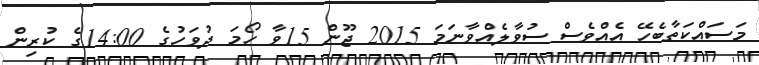
މަސައްކަތާބެހޭ އެއްވެސް ސުވާލެއްވާނަމަ 2015 ޖޫން 15ވާ ހޯމަ ދުވަހުގެ 14:00ގެ ކުރިން